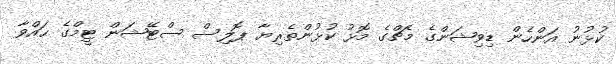
ކުޅުނު އަންހެން ޑިވިޝަންގެ މެޗްގެ މޮޅު ކުޅުންތެރިޔާ ޕޮލިސް ސްޓޭޝަން ޓީމްގެ ޙައްވާ